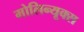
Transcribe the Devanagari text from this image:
मोलिन्यूक्स